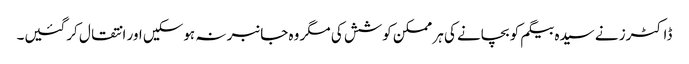
ڈاکٹرز نے سیدہ بیگم کو بچانے کی ہر ممکن کوشش کی مگر وہ جانبر نہ ہوسکیں اور انتقال کرگئیں۔